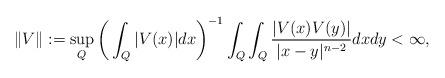
LaTeX: \begin{align*}\|V\|:=\sup_{Q}\bigg(\int_Q|V(x)|dx\bigg)^{-1}\int_Q\int_Q\frac{|V(x)V(y)|}{|x-y|^{n-2}}dxdy<\infty,\end{align*}